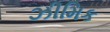
ઝીમિક